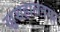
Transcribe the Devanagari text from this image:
खुशहालनगर